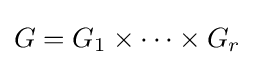
G=G_{1}\times \cdots \times G_{r}